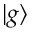
| g \rangle